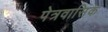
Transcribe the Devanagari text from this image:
पेत्रवासिक